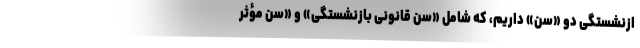
ازنشستگی دو «سن» داریم، که شامل «سن قانونی بازنشستگی» و «سن مؤثر